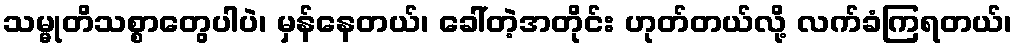
သမ္မုတိသစ္စာတွေပါပဲ၊ မှန်နေတယ်၊ ခေါ်တဲ့အတိုင်း ဟုတ်တယ်လို့ လက်ခံကြရတယ်၊